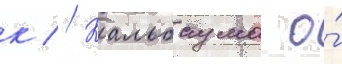
к // Кальбаума о́